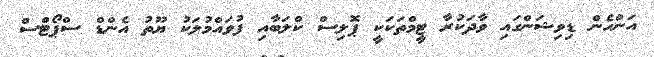
އަންހެން ޑިވިޝަންގައި ވާދަކުރާ ޓީމްތަކަކީ ޕޮލިސް ކްލަބާއި ފުވައްމުލަކު ޔޫތު އެންޑް ސްޕޯޓްސް